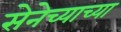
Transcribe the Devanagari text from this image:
सेनेच्याच्या